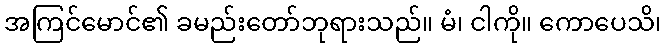
အကြင်မောင်၏ ခမည်းတော်ဘုရားသည်။ မံ၊ ငါကို။ ကောပေသိ၊